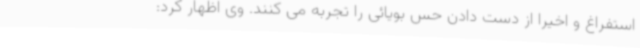
استفراغ و اخیرا از دست دادن حس بویائی را تجربه می کنند. وی اظهار کرد: